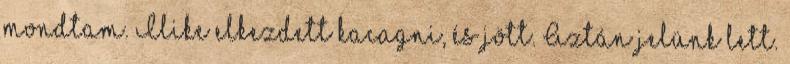
mondtam. Ilike elkezdett kacagni, és jött. Aztán jelünk lett.